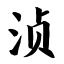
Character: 浈